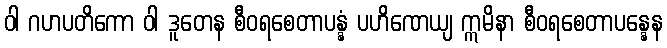
ဝါ ဂဟပတိကော ဝါ ဒူတေန စီဝရစေတာပန္နံ ပဟိဏေယျ ဣမိနာ စီဝရစေတာပန္နေန